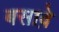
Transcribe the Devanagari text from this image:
बसावे़